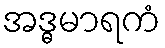
အဒ္ဓမာရကံ